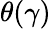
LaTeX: \theta(\gamma)